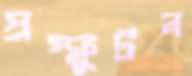
প্রস্ফুটন